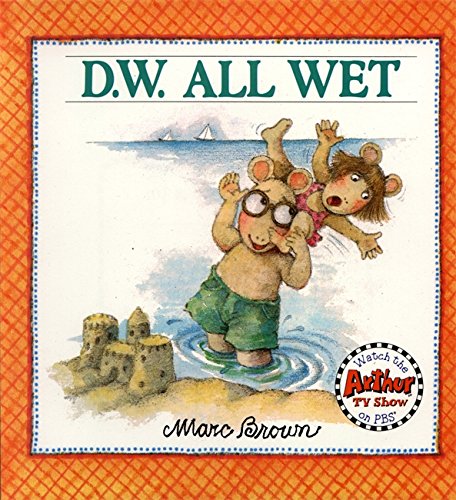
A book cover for D.W. All Wet (D. W. Series); Marc Brown; Children's Books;